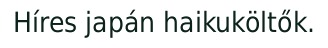
Híres japán haikuköltők.